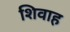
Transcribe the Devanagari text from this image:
शिवाह